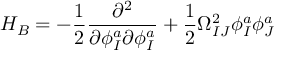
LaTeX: H _ { B } = - \frac { 1 } { 2 } \frac { \partial ^ { 2 } } { \partial \phi _ { I } ^ { a } \partial \phi _ { I } ^ { a } } + \frac { 1 } { 2 } \Omega _ { I J } ^ { 2 } \phi _ { I } ^ { a } \phi _ { J } ^ { a }